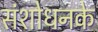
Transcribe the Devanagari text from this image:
संशोधनके